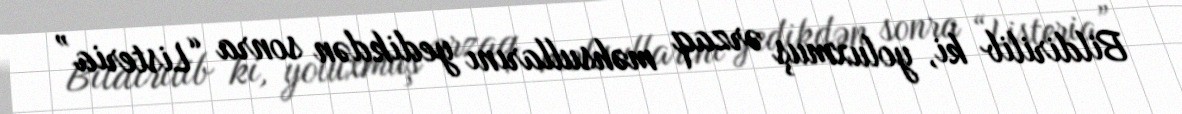
Bildirilib ki, yoluxmuş ərzaq məhsullarını yedikdən sonra “Listeria”